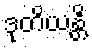
ဒုတိယန္တိ